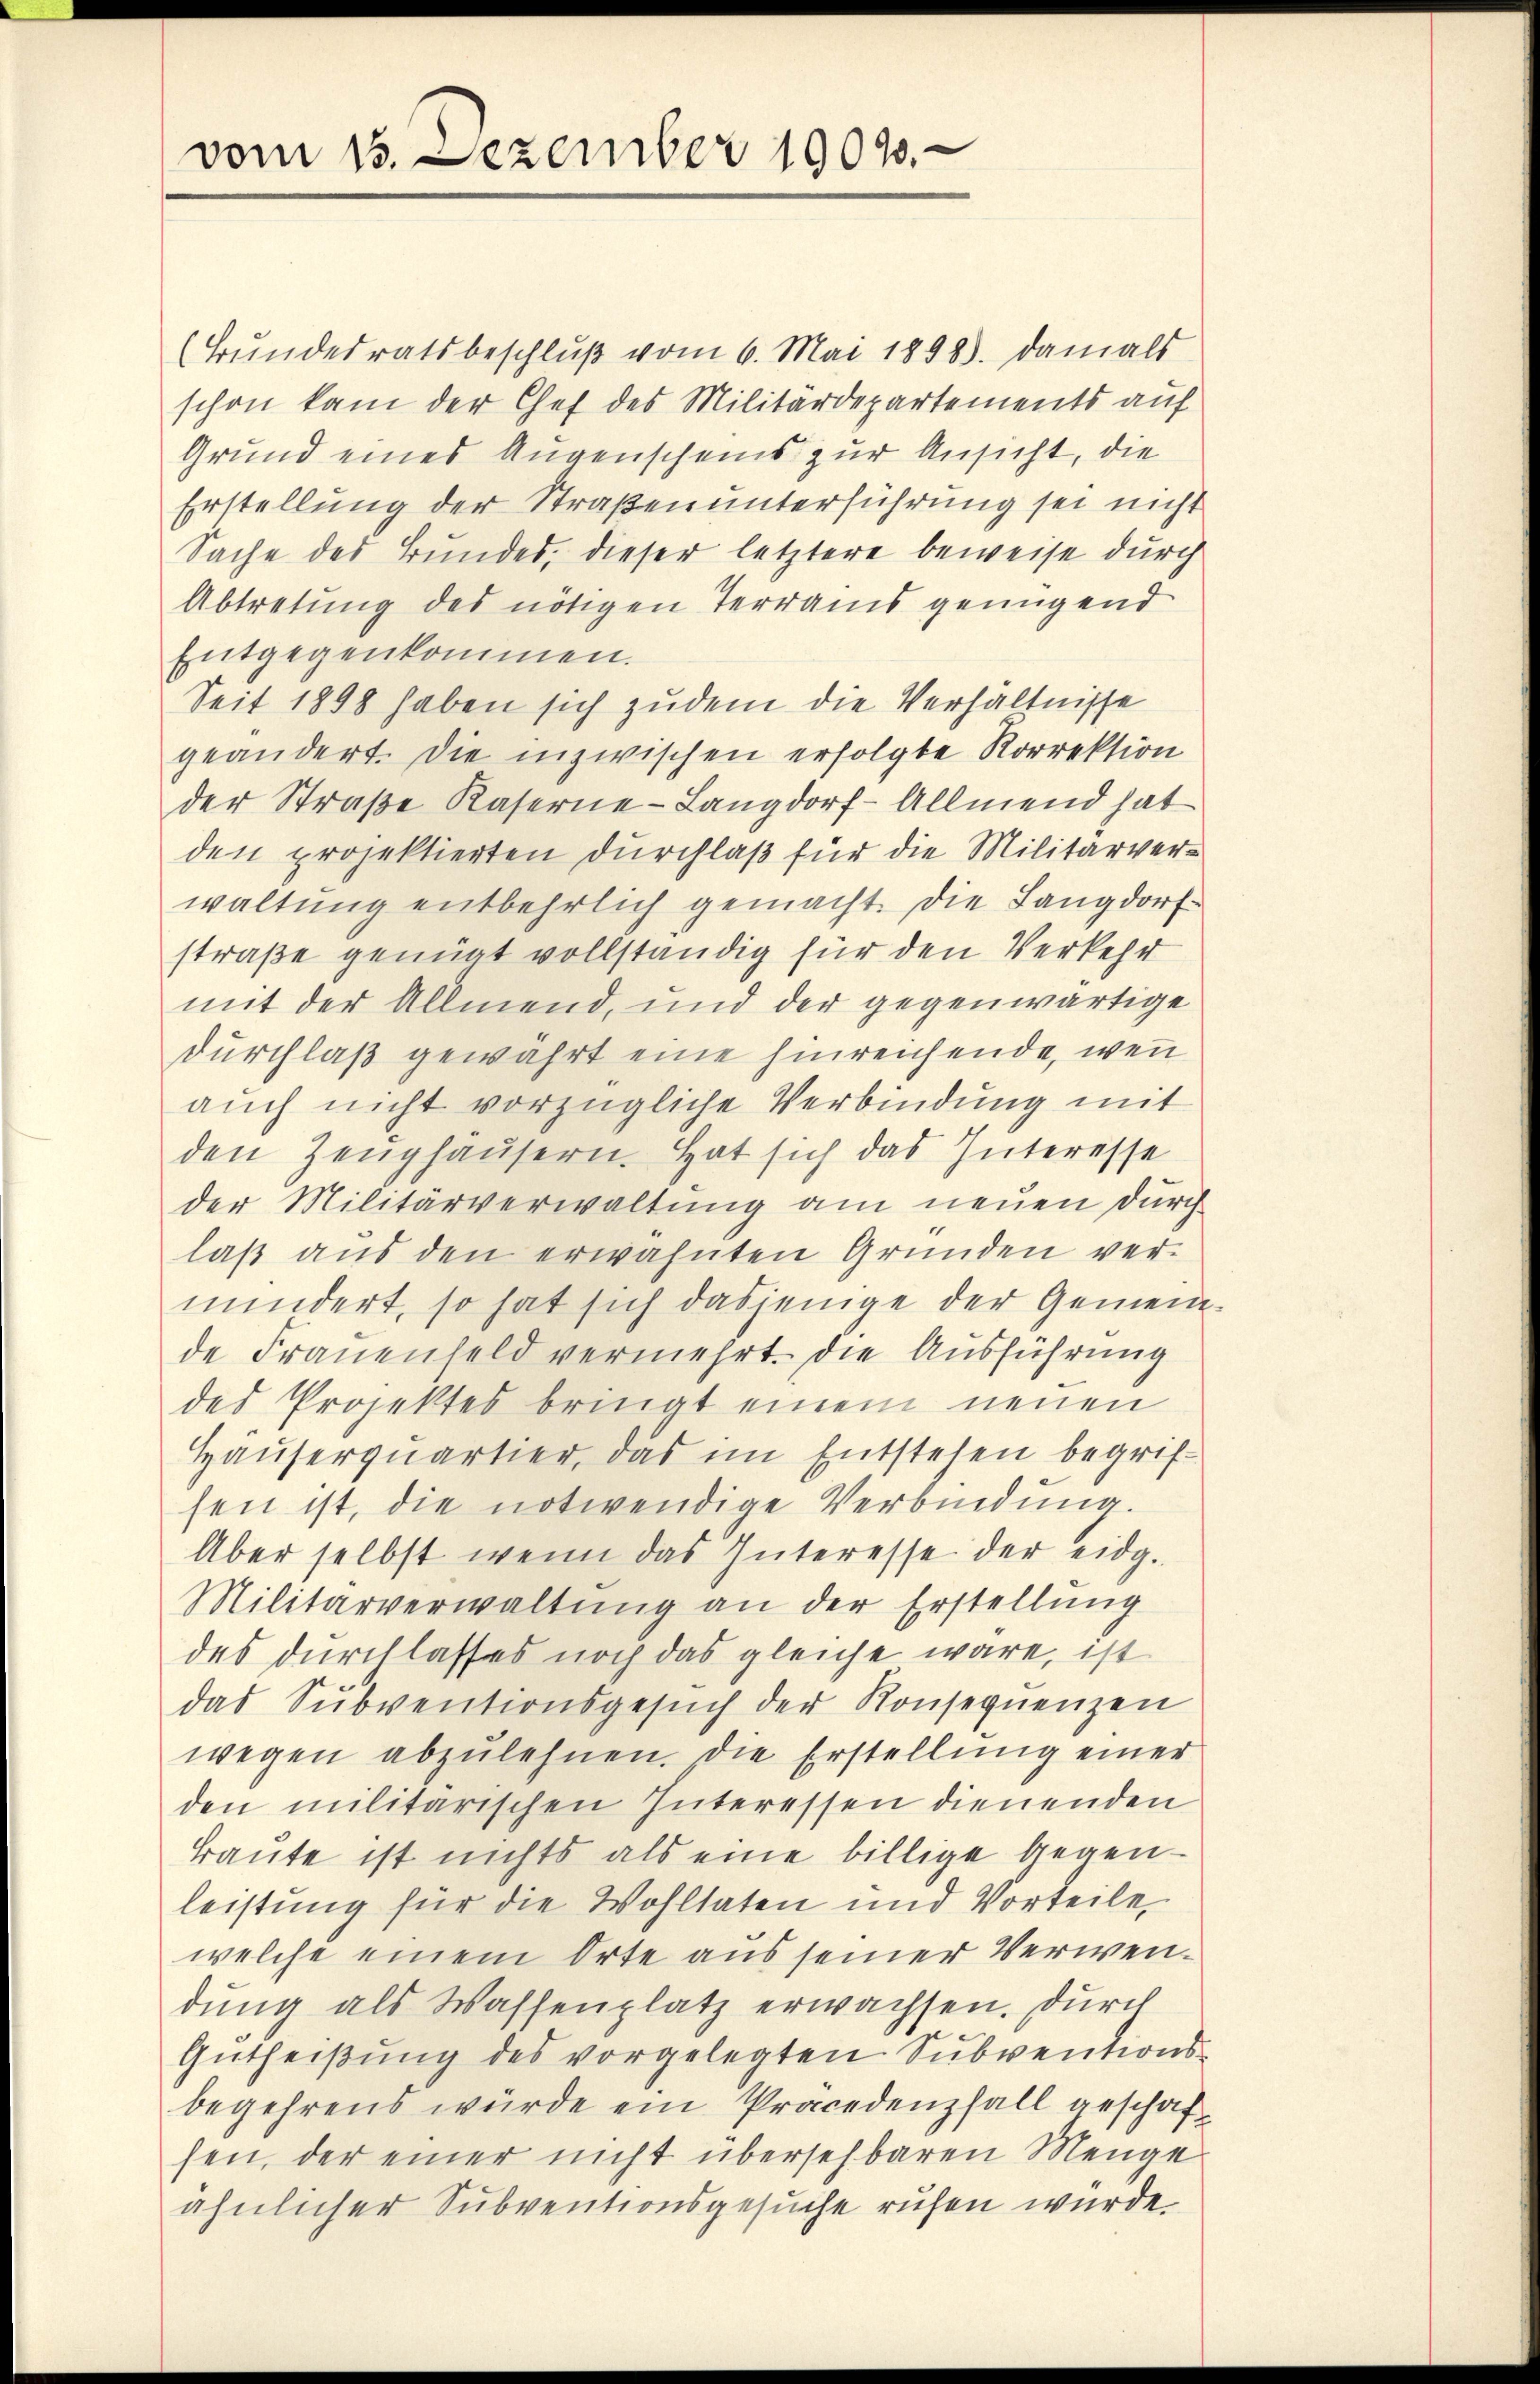
vom 13. Dezember 19010.

(Bundesratsbeschluß vom 6. Mai 1898. damals
schon kam der Chef des Militärdepartements auf
Grund eines Augenscheins zur Ansicht, die
Erstellung der Straßenunterführung sei nicht
Sache des Bundes, dieser letztere beweise durch
Abtretung des nötigen Terrains genügend
Entgegenkommen.
Seit 1898 haben sich zudem die Verhältnisse
geändert. Die inzwischen erfolgte Korrektion
der Straße Kaserne-Langdorf-Allmend hat
den projektierten durchlaß für die Militärverwaltung entbehrlich gemacht. Die Langdorf-
straße genügt vollständig für den Verkehr
mit der Allmend, und der gegenwärtige
Durchlaß gewährt eine hinreichende, wenn
auch nicht vorzügliche Verbindung mit
den Zeughäusern. Hat sich das Interesse
der Militärverwaltung am neuen durch
laß aus den erwähnten Gründen vermindert, so hat sich dasjenige der Gemein
de Frauenfeld vermehrt. Die Ausführung
des Projektes bringt einem neuen
Häuserquartier, das im Entstehen begrifsen ist, die notwendige Verbindung.
Aber selbst wenn das Interesse der eidg.
Militärverwaltung an der Erstellung
des durchlasses noch das gleiche wäre, ist
das Subventionsgesŭch der Konsequenzen
wegen abzulehnen. Die Erstellung einer
den militarischen Interessen dienenden
Braute ist nichts als eine billige Gegenleistung für die Wohltaten und Vorteile,
welche einem Orte aus seiner Verwendung als Wassenplatz erwachsen. Durch
Gutheißung des vorgelegten Subventionsbegehrens würde ein Präcedenfall geschafsen, der einer nicht übersehbaren Menge
ähnlicher Subventionsgesuche ruhen wurde.